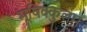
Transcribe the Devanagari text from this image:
मूषिक्कुलम